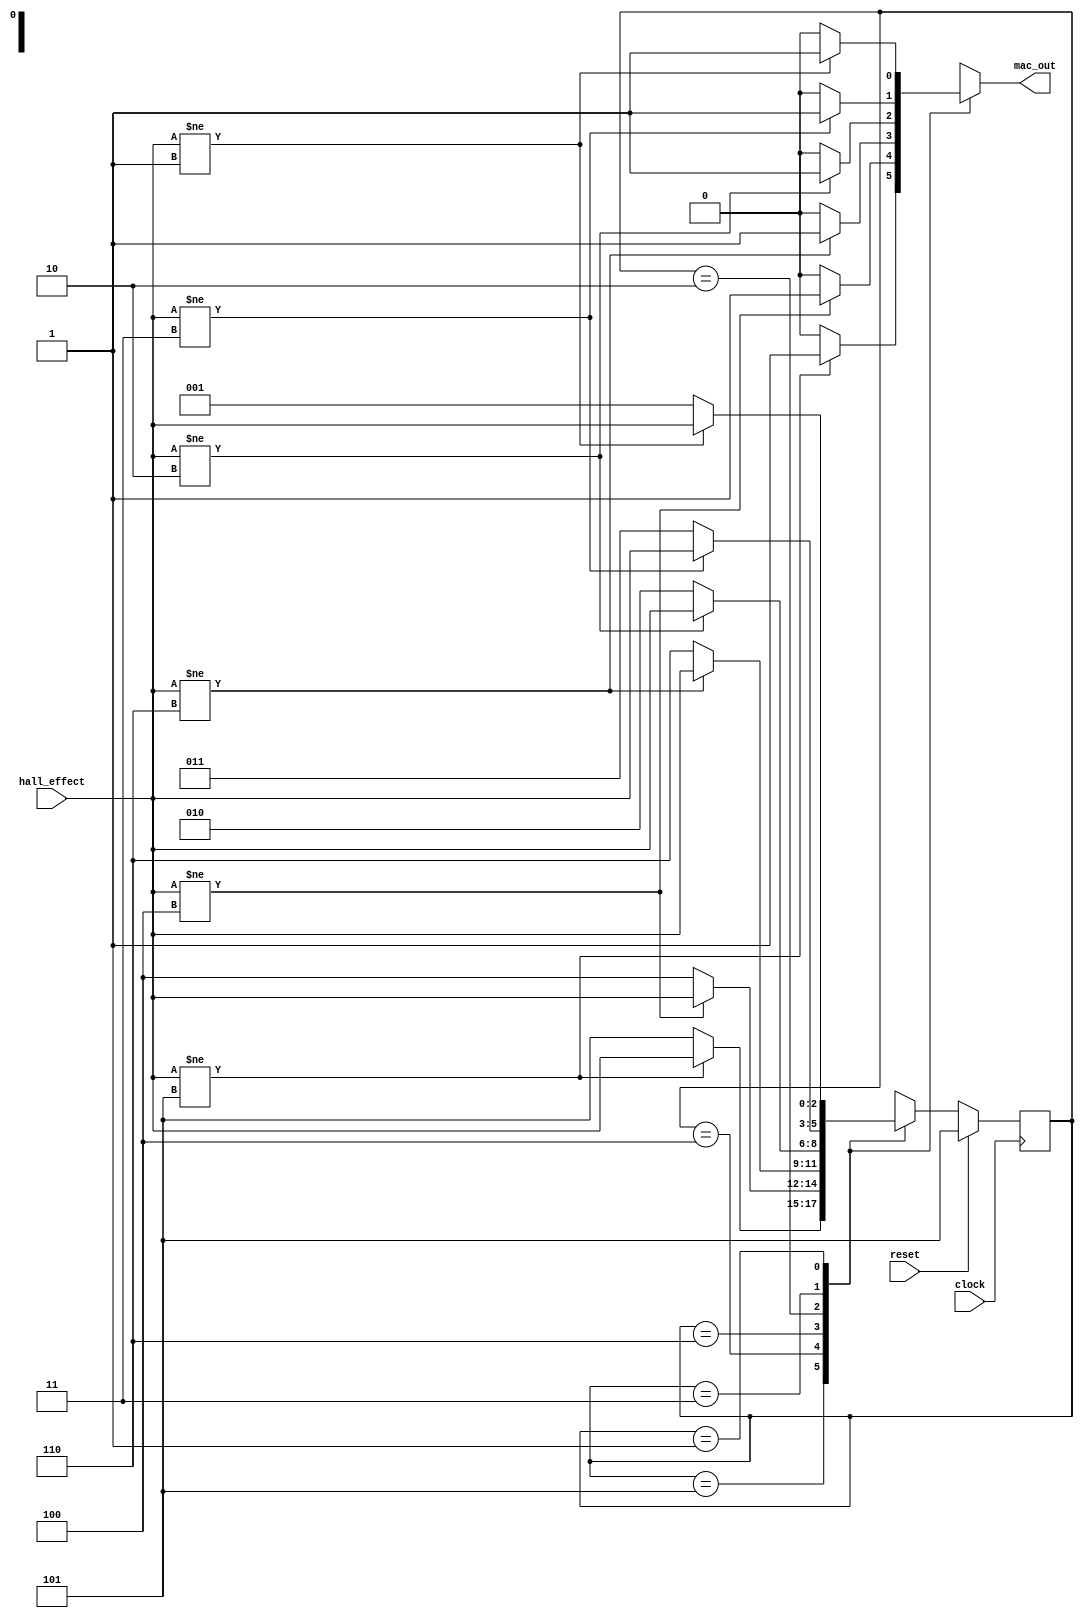
module speed_measurement 
    (
        clock,
        reset,
        hall_effect,
        mac_out
    );

    input       clock;
    input       reset;
    input [2:0] hall_effect;
    output reg  mac_out;

    parameter   A = 3'b101, B = 3'b100, C = 3'b110,
                D = 3'b010, E = 3'b011, F = 3'b001;

    reg [2:0]   Tstep_Q, Tstep_D; 

    //Define the next state and output combinational circuits
    always @ (Tstep_Q, hall_effect)
    begin
        mac_out = 1'b0;
        case(Tstep_Q)
            A:  if(hall_effect != 3'b101)
                begin
                    Tstep_D = hall_effect;
                    mac_out = 1'b1;
                end 
                else
                begin
                    Tstep_D = A;
                    mac_out = 1'b0;
                end                 
            B:  if(hall_effect != 3'b100) 
                begin
                    Tstep_D = hall_effect;
                    mac_out = 1'b1;    
                end   
                else
                begin
                    Tstep_D = B;
                    mac_out = 1'b0;
                end              
            C:  if(hall_effect != 3'b110) 
                begin
                    Tstep_D = hall_effect;
                    mac_out = 1'b1;
                end           
                else
                begin
                    Tstep_D = C;
                    mac_out = 1'b0;
                end      
            D:  if(hall_effect != 3'b010)
                begin
                    Tstep_D = hall_effect;
                    mac_out = 1'b1;
                end               
                else
                begin
                    Tstep_D = D;
                    mac_out = 1'b0;
                end
            E:  if(hall_effect != 3'b011) 
                begin
                    Tstep_D = hall_effect;
                    mac_out = 1'b1;
                end 
                else
                begin
                    Tstep_D = E;
                    mac_out = 1'b0;
                end
            F:  if(hall_effect != 3'b001)
                begin
                    Tstep_D = hall_effect;
                    mac_out = 1'b1;
                end
                else
                begin
                    Tstep_D = F;
                    mac_out = 1'b0;
                end
            default: 
                begin
                    Tstep_D = 3'bx;
                    mac_out = 1'bx;
                end
        endcase
    end

    //Define the sequential block
    always @ (posedge clock)
        if (reset) 
            Tstep_Q <= A;
        else
            Tstep_Q <= Tstep_D; 

endmodule